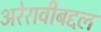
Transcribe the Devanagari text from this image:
अरेरावीबद्दल